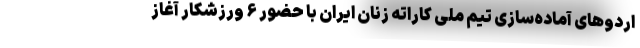
اردوهای آماده‌سازی تیم ملی کاراته زنان ایران با حضور ۶ ورزشکار آغاز